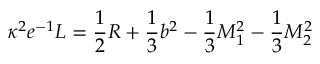
\kappa ^ { 2 } e ^ { - 1 } { \cal { L } } = \frac { 1 } { 2 } { \cal { R } } + \frac { 1 } { 3 } b ^ { 2 } - \frac { 1 } { 3 } M _ { 1 } ^ { 2 } - \frac { 1 } { 3 } M _ { 2 } ^ { 2 }